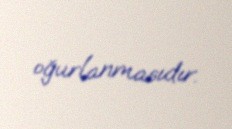
oğurlanmasıdır.